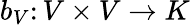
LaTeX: b_{V}\colon V\times V\to K